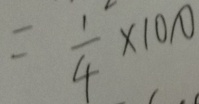
= \frac { 1 } { 4 } \times 1 0 0